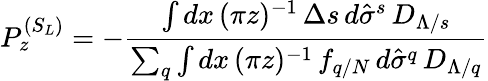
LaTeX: P_{z}^{(S_{L})}=-\frac{\int dx\, (\pi z)^{-1}\, \Delta s\, d\hat{\sigma}^{s}\, D_{\Lambda/s}}{\sum_{q}\int dx\, (\pi z)^{-1}\, f_{q/N}\, d\hat{\sigma}^{q}\, D_{\Lambda/q}}